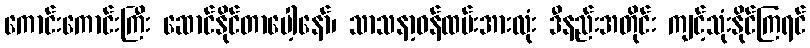
ကောင်းကောင်းကြီး ဆောင်နိုင်တာပေါ့နော်၊ သာသနာ့ဝန်ထမ်းအားလုံး ဒီနည်းအတိုင်း ကျင့်သုံးနိုင်ကြရင်